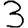
Digit: 3